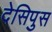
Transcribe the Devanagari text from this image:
देसिपुस